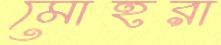
মোহরা